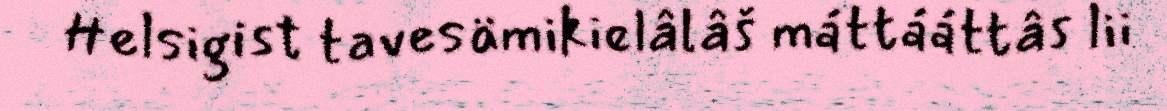
Helsigist tavesämikielâlâš máttááttâs lii